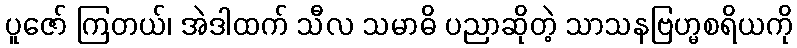
ပူဇော် ကြတယ်၊ အဲဒါထက် သီလ သမာဓိ ပညာဆိုတဲ့ သာသနဗြဟ္မစရိယကို